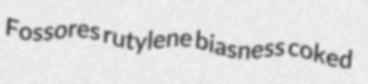
Fossores rutylene biasness coked